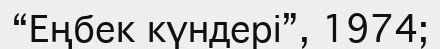
“Еңбек күндері”, 1974;